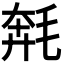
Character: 𣮡